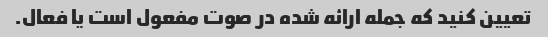
تعیین کنید که جمله ارائه شده در صوت مفعول است یا فعال.